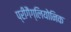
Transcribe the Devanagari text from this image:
प्रीगैंग्लियोनिक